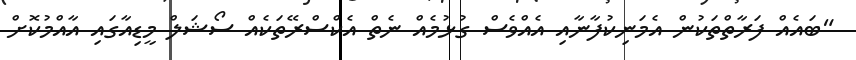
"ބައެއް ފަރާތްތަކުން އެމަނިކުފާނާއި އެއްވެސް ގުޅުމެއް ނެތް އެކްސްރޭތަކެއް ސޯޝަލް މީޑިއާގައި އާއްމުކޮށް